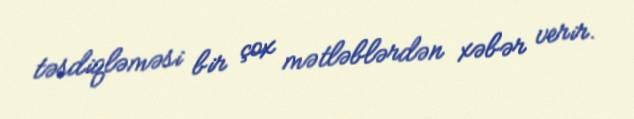
təsdiqləməsi bir çox mətləblərdən xəbər verir.